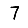
Digit: 7